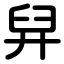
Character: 舁